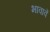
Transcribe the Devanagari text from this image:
भावावें